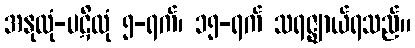
အနုလုံ-ပဋိလုံ ၅-ရက်၊ ၁၅-ရက် သရဇ္ဈာယ်ရသည်။